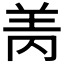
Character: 𰭘